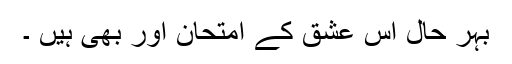
بہر حال اس عشق کے امتحان اور بھی ہیں ۔